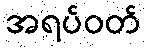
အရပ်ဝတ်